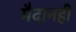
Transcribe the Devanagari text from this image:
मैदानही